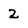
Character: 2